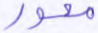
محور